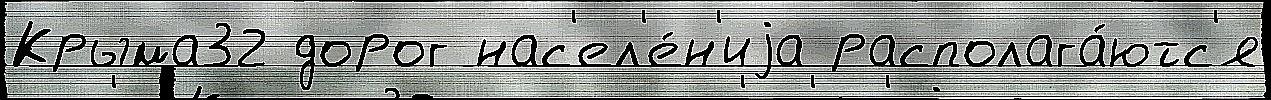
Крыма32 дорог нас'ел'е́н'иjа располага́ютс'я